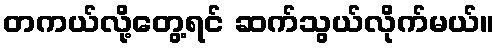
တကယ်လို့တွေ့ရင် ဆက်သွယ်လိုက်မယ်။